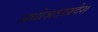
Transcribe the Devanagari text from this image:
अधोजठरप्रदेश